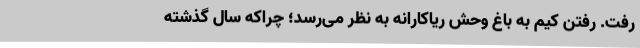
رفت. رفتنِ کیم به باغ وحش ریاکارانه به نظر می‌رسد؛ چراکه سال گذشته